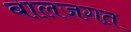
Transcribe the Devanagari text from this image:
बालजगत